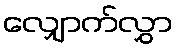
လျှောက်လွှာ